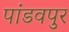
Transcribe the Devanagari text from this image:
पांडवपुर